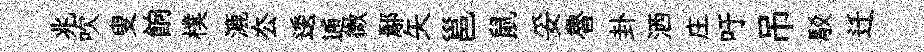
兆吹叟餉樸漉厺逶逋微鄢矢邕鼠妥魯卦洒庄吁吊駁迁